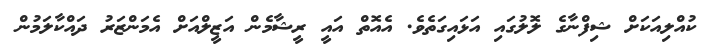
ކުއްލިއަކަށް ޝިފްނާގެ ލޮލުގައި އަޅައިގަތެވެ. އެއޮތް އައީީ ރީޝާމެން އަޒީލްއަށް އެމަންޒަރު ދައްކާލަމުން